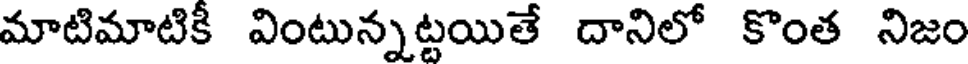
మాటిమాటికీ వింటున్నట్టయితే దానిలో కొంత నిజం